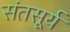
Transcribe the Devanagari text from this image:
संतसूर्य